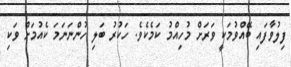
ފިލުވާފައި ބޭއްވުމަކީ ވަރަށް މުހިއްމު ކަމެކެވެ. ހަކުރު ބަލި ހުންނަނަމަ ކެއުމަށް ވަކި